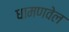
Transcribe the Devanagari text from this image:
धामणवेल